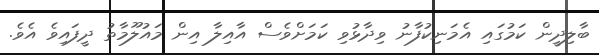
ބާލިދީން ކަމުގައި އެމަނިކުފާނު ވިދާޅުވި ކަމަށްވެސް އާއިލާ އިން މައުލޫމާތު ދީފައިވެ އެވެ.